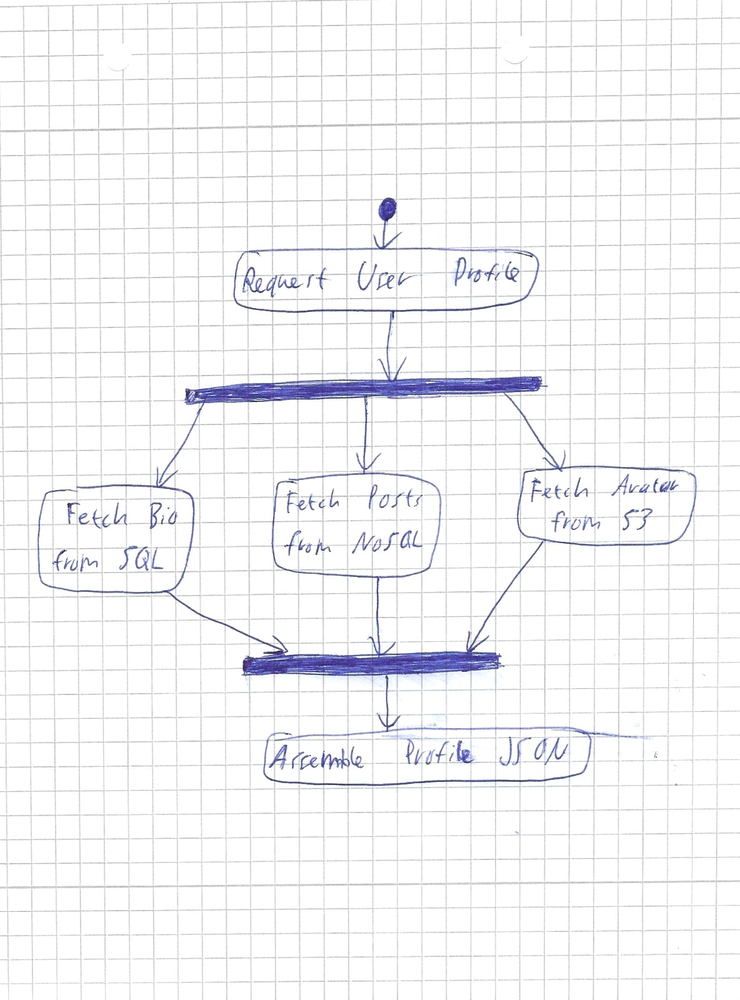
Diagram type: activity_diagram
```plantuml
@startuml

start
:Request User Profile;
fork
  :Fetch Bio from SQL;
fork again
  :Fetch Posts from NoSQL;
fork again
  :Fetch Avatar from S3;
end fork
:Assemble Profile JSON;
stop

@enduml
```